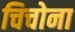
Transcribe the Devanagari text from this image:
चिचोना